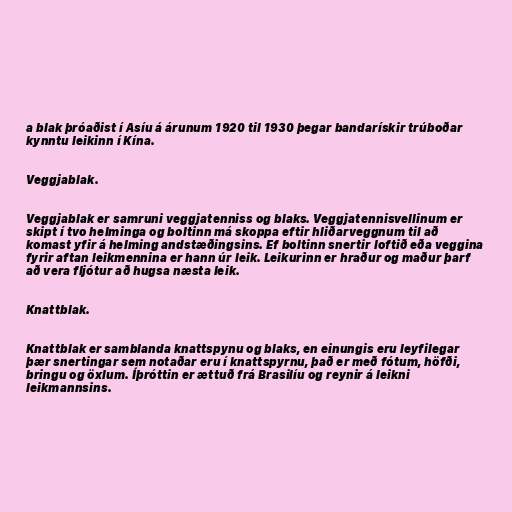
a blak þróaðist í Asíu á árunum 1920 til 1930 þegar bandarískir trúboðar
kynntu leikinn í Kína.

Veggjablak.

Veggjablak er samruni veggjatenniss og blaks. Veggjatennisvellinum er
skipt í tvo helminga og boltinn má skoppa eftir hliðarveggnum til að
komast yfir á helming andstæðingsins. Ef boltinn snertir loftið eða veggina
fyrir aftan leikmennina er hann úr leik. Leikurinn er hraður og maður þarf
að vera fljótur að hugsa næsta leik.

Knattblak.

Knattblak er samblanda knattspynu og blaks, en einungis eru leyfilegar
þær snertingar sem notaðar eru í knattspyrnu, það er með fótum, höfði,
bringu og öxlum. Íþróttin er ættuð frá Brasilíu og reynir á leikni
leikmannsins.